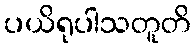
ပယိရုပါသတူတိ